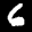
Label: 6